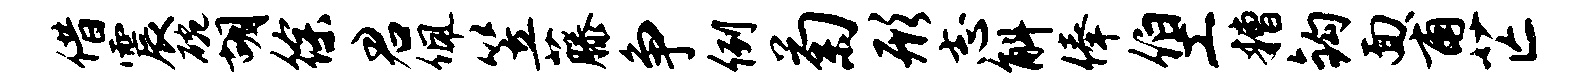
借震碗胡徐君佩笠藤争例菊形志斛俸伯工糟钩面甫芒